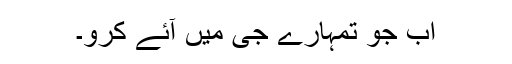
اب جو تمہارے جی میں آئے کرو۔